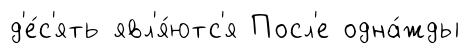
д'е́с'ять явл'я́ютс'я Посл'е одна́жды